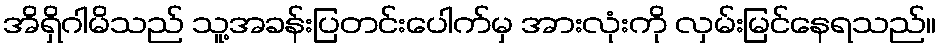
အိရှိဂါမိသည် သူ့အခန်းပြတင်းပေါက်မှ အားလုံးကို လှမ်းမြင်နေရသည်။